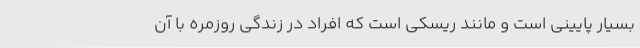
بسیار پایینی است و مانند ریسکی است که افراد در زندگی روزمره با آن